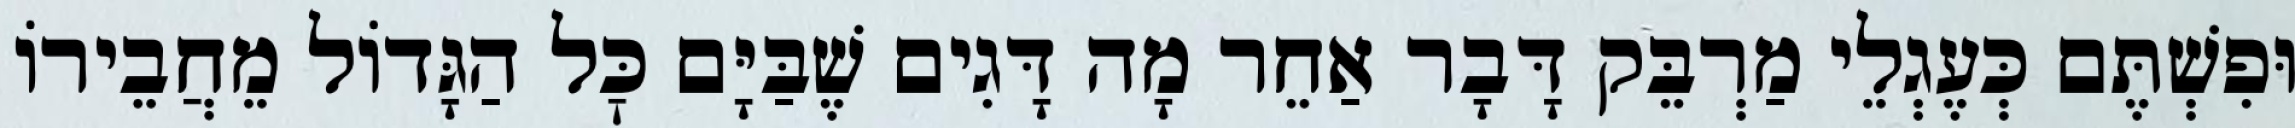
וּפִשְׁתֶּם כְּעֶגְלֵי מַרְבֵּק דָּבָר אַחֵר מָה דָּגִים שֶׁבַּיָּם כׇּל הַגָּדוֹל מֵחֲבֵירוֹ